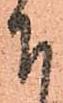
下